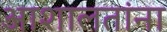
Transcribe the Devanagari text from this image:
आशालतांना